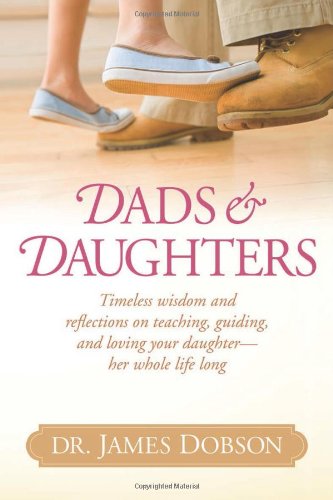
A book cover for Dads and Daughters; James C. Dobson; Parenting & Relationships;